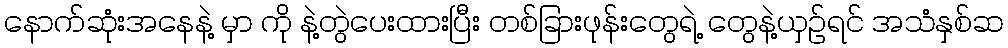
နောက်ဆုံးအနေနဲ့ မှာ ကို နဲ့တွဲပေးထားပြီး တစ်ခြားဖုန်းတွေရဲ့ တွေနဲ့ယှဉ်ရင် အသံနှစ်ဆ